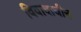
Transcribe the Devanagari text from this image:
विवादाधीन